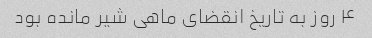
۴ روز به تاریخ انقضای ماهی شیر مانده بود